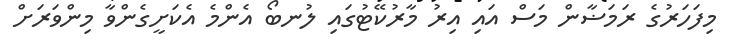
މިފަހަރުގެ ރަމަޟާން މަސް އައި އިރު މާރުކޭޓުގައި ލުނބޯ އެންމެ އެކަށީގެންވާ މިންވަރަށް